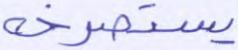
يستصرخه